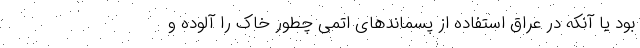
بود یا آنکه در عراق استفاده از پسماندهای اتمی چطور خاک را آلوده و